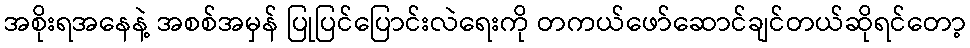
အစိုးရအနေနဲ့ အစစ်အမှန် ပြုပြင်ပြောင်းလဲရေးကို တကယ်ဖော်ဆောင်ချင်တယ်ဆိုရင်တော့